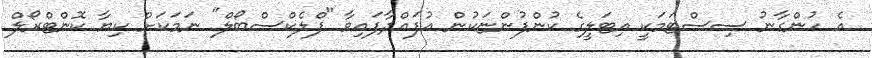
އެ ހުންގާނު ސިސްޓަމަކީ އިޓަލީގެ ކުންފުންޏަކުން އުފައްދާފައިވާ "ފްލެކްސްބޯލް" ނަމަކަށް ކިޔާ ކޮންޓްރޯލް